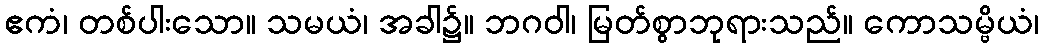
ဧကံ၊ တစ်ပါးသော။ သမယံ၊ အခါ၌။ ဘဂဝါ၊ မြတ်စွာဘုရားသည်။ ကောသမ္ဗိယံ၊